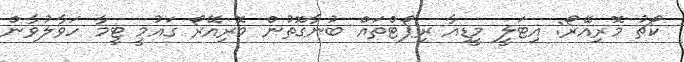
ކޯޗު މޮރިއޭރޯ: އިޓަލީ މީޑިއާ ރިޕޯޓްތައް ބުނާގޮތުން މޮރިއޭރޯ ގައުމީ ޓީމާ ހަވާލުވާން